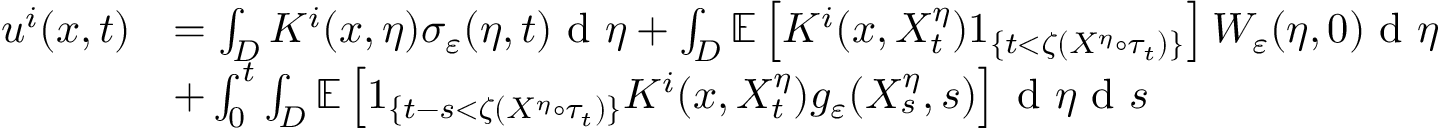
\begin{array} { r l } { u ^ { i } ( x , t ) } & { = \int _ { D } K ^ { i } ( x , \eta ) \sigma _ { \varepsilon } ( \eta , t ) \textrm { d } \eta + \int _ { D } \mathbb { E } \left[ K ^ { i } ( x , X _ { t } ^ { \eta } ) 1 _ { \left\{ t < \zeta ( X ^ { \eta } \circ \tau _ { t } ) \right\} } \right] W _ { \varepsilon } ( \eta , 0 ) \textrm { d } \eta } \\ & { + \int _ { 0 } ^ { t } \int _ { D } \mathbb { E } \left[ 1 _ { \{ t - s < \zeta ( X ^ { \eta } \circ \tau _ { t } ) \} } K ^ { i } ( x , X _ { t } ^ { \eta } ) g _ { \varepsilon } ( X _ { s } ^ { \eta } , s ) \right] \textrm { d } \eta \textrm { d } s } \end{array}